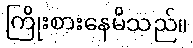
ကြိုးစားနေမိသည်။